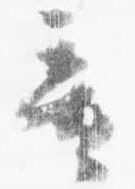
童